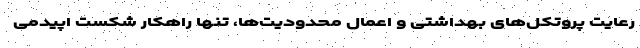
رعایت پروتکل‌های بهداشتی و اعمال محدودیت‌ها، تنها راهکار شکست اپیدمی